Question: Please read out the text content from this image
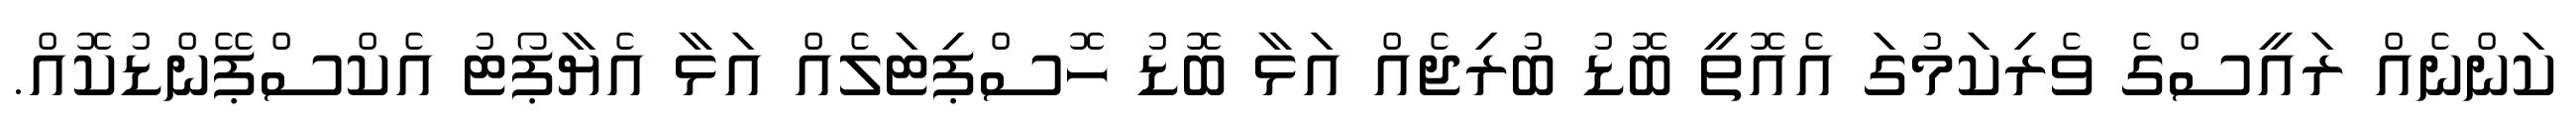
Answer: ކަންނެއް ރައީސްގެ ވެރިކަމުގަ އެއޮތީ ބޮޑު ބުރިޖެއް އަޅާ ބޮޑު ހޮސްޕިޓަލެއް އަޅާ އެޔާޕޯޓު އެކްސްޕޭންޑުކޮއް.